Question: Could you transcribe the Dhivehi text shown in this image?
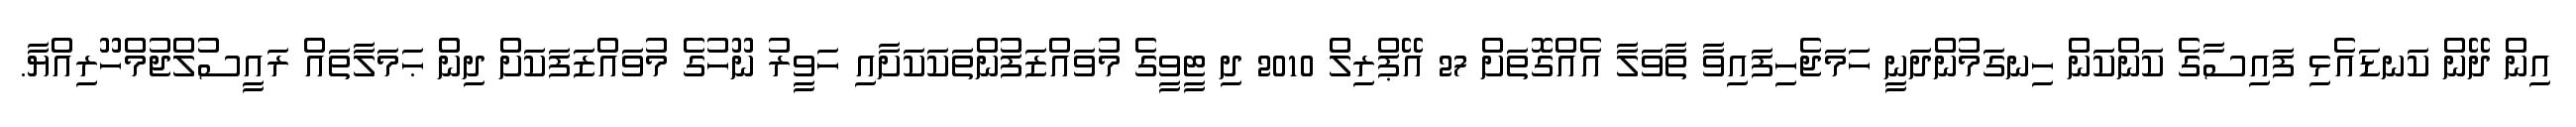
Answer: އިން ދޭން ކަނޑައެޅި ފައިސާގެ ކަންކަން ހިނގަމުންދަނީ ހަމަޖެހިފައިވާ ތާވަލާ އެއްގޮތަށް 27 އޭޕްރިލް 2010 ދި ޓީވީގެ މުވައްޒަފުންތަކަކަށާއި ހަވީރު ނޫހުގެ މުވައްޒަފަކަށް ދިން ޙަމަލާތައް ރައީސުލްޖުމްހޫރިއްޔާ.